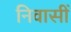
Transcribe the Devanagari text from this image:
निवासीं